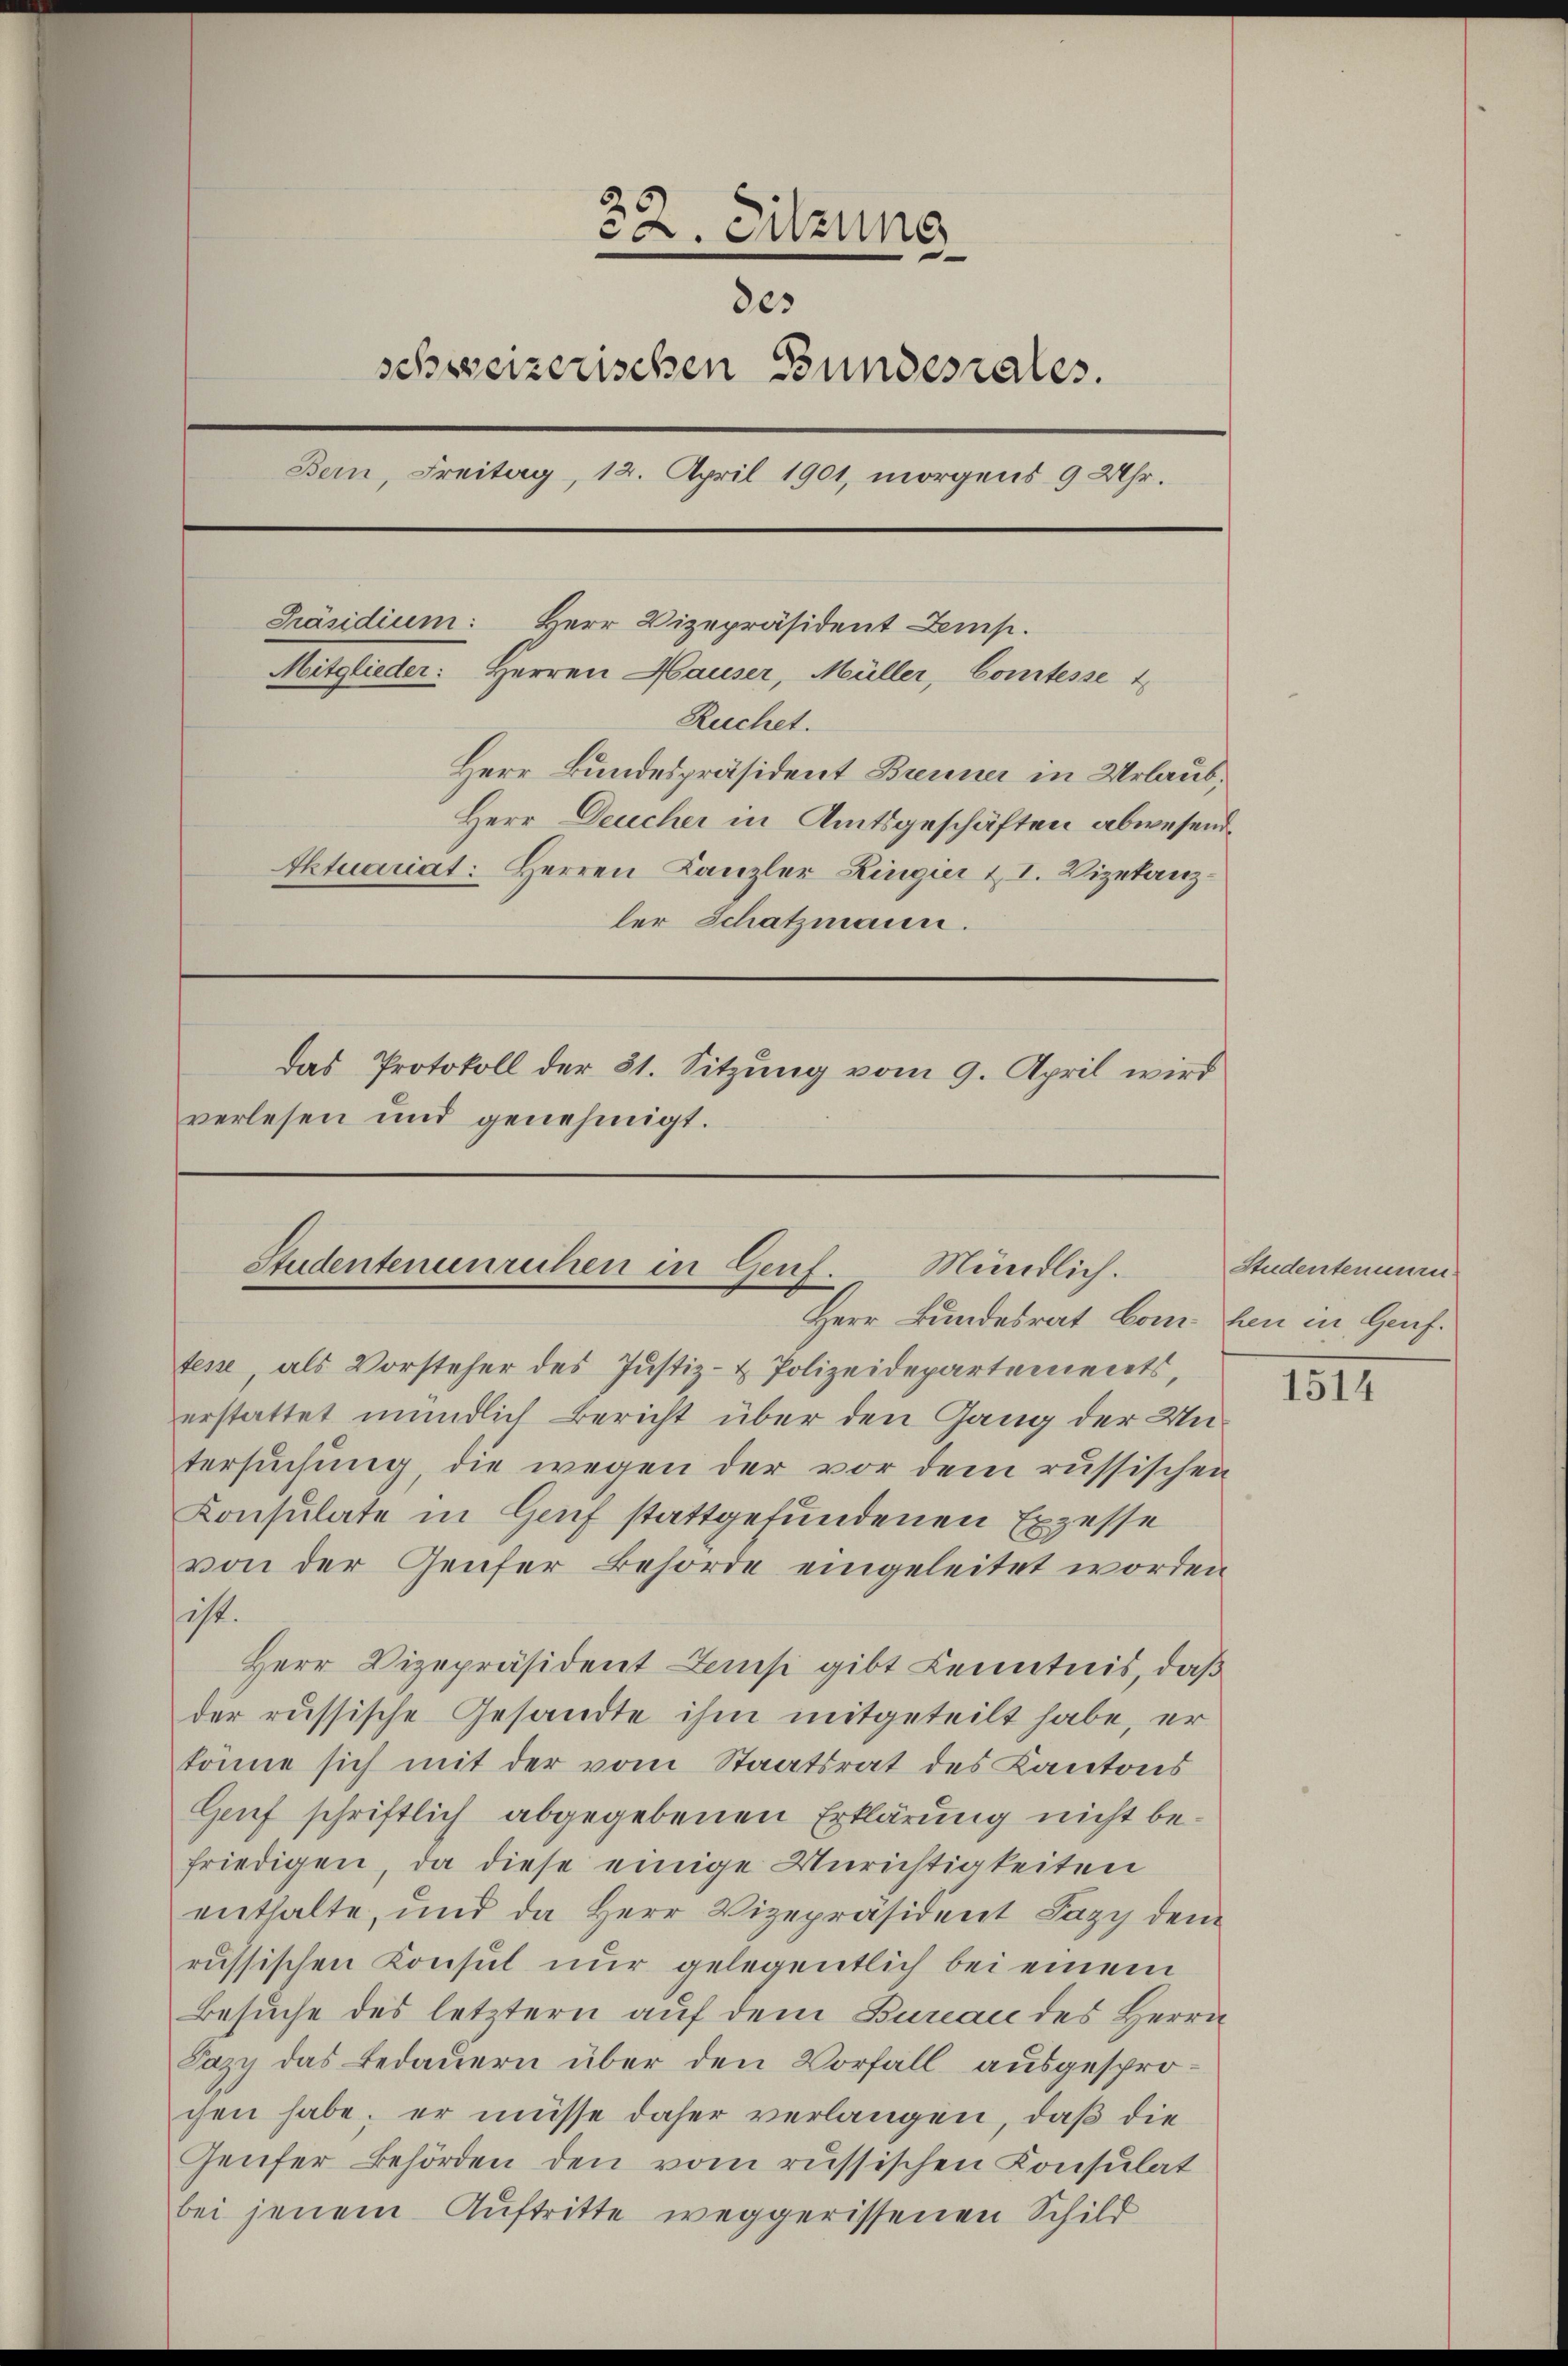
22. Sitzung
des
schweizerischen Bundesrates.
Bern, Freitag, 12. April 1901, morgens 9 Uhr.
Präsidium: Herr Vizepräsident Lems.
Mitglieder: Herren Hauser, Müller, Comtesse 4
Ruchet.
Herr Bundespräsident Brenner in Urlaub,
Herr Deucher in Amtsgeschäften abwesende
Ektuariat: Herren Kanzler Ringier u. I. Vizetanzler Schatzmann.
das Protokoll der 31. Sitzung vom 9. April wird
verlesen und genehmigt.

Studentenunrichen in Genf. Mündlich.
Herr Bundesrat von den in Genf.

tesse, als Vorsteher des Justiz- & Polizeidepartements,
erstattet mündlich Bericht über den Gang der Untersuchung, die wegen der vor dem russischen
Konsulate in Genf stattgefundenen Exzesse
von der Genfer Behörde eingeleitet worden
ist.
Herr Vizepräsident Zams gibt Kenntnis, daß
der russische Gesandte ihm mitgeteilt habe, er
könne sich mit der vom Staatsrat des Kantons
Genf schriftlich abgegebenen Erklärung nicht befriedigen, da diese einige Unrichtigkeiten
enthalte, und da Herr Vizepräsident Jazy dem
russischen Konsul nur gelegentlich bei einem
Besuche des letztern auf dem Bureau des Herrn
Jazy das Bedauern über den Vorfall ausgesprochen habe, er müsse daher verlangen, daß die
Genfer Behörden den vom russischen Konsulat
bei jenem Auftritte weggerissenen Schild

Studentenuern

1514